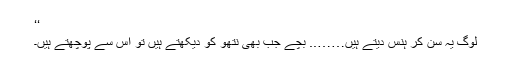
‘‘
لوگ یہ سُن کر ہنس دیتے ہیں…….. بچے جب بھی نتھو کو دیکھتے ہیں تو اس سے پوچھتے ہیں۔